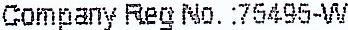
COMPANY REG NO. :75495-W